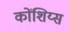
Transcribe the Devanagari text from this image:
कोंशिय्स